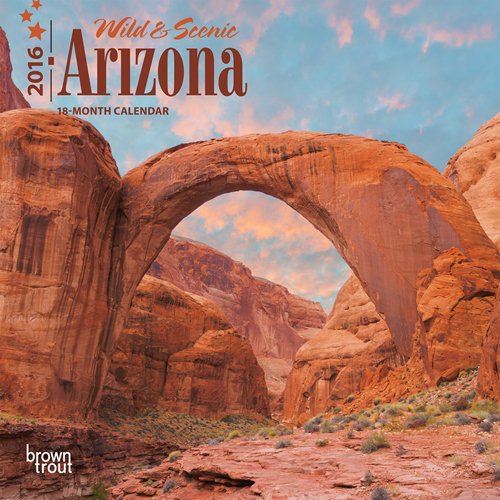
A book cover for Arizona, Wild & Scenic 2016 Mini 7x7; Browntrout Publishers; Calendars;